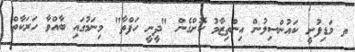
ތ މަޑިފުށީ ކައުންސިލުން އިންތިޒާމު ކޮށްގެން "ދީނީ ހަފްތާ" މިނަމުގައި ބާއްވާ ހަރަކާތް